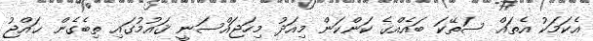
އެކަމަކު އެތައް ސަތޭކަ ބައެއްގެ ކަންކަން މިއަދު މިހަޖައްސަނީ ޤައުމުގައި ތިބެގެން ޙައްޖު